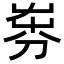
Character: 𡴚